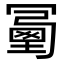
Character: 𠖜